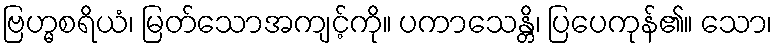
ဗြဟ္မစရိယံ၊ မြတ်သောအကျင့်ကို။ ပကာသေန္တိ၊ ပြပေကုန်၏။ သော၊